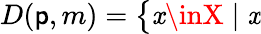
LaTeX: D(\mathsf{p},m)={\big\{ }\mathit{x}\inX\mid\mathit{x}